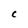
Character: C